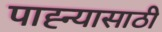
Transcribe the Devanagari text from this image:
पाह्न्यासाठी